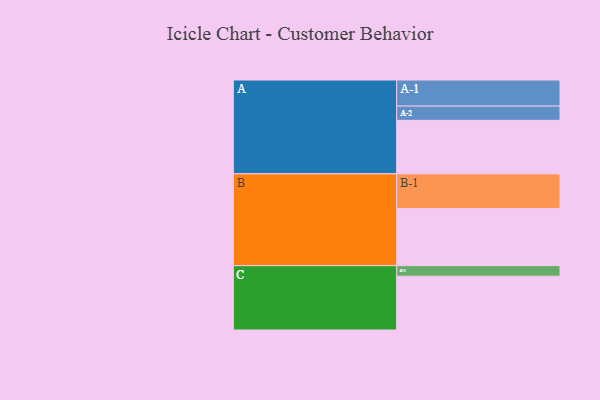
{"axis": {"x": "Segment", "y": "Value"}, "legend": ["", "A", "B", "C"], "data": [{"x": "A", "y": 390, "type": ""}, {"x": "B", "y": 417, "type": ""}, {"x": "C", "y": 392, "type": ""}, {"x": "A-1", "y": 190, "type": "A"}, {"x": "A-2", "y": 104, "type": "A"}, {"x": "B-1", "y": 252, "type": "B"}, {"x": "C-1", "y": 77, "type": "C"}]}